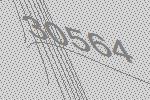
30564